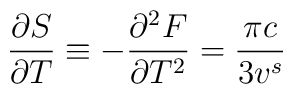
\frac{\partial S}{\partial T} \equiv -\frac{\partial^2F}{\partial T^2} =\frac{\pi c}{3v^s}